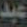
عبد